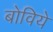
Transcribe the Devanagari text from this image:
बोविये